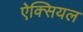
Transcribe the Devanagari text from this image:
ऐक्सियल